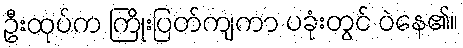
ဦးထုပ်က ကြိုးပြတ်ကျကာ ပခုံးတွင် ဝဲနေ၏။